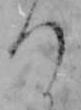
つ